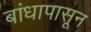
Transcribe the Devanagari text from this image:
बांधापासून